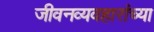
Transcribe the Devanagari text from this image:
जीवनव्यवहारांच्या